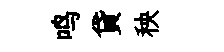
鸣貸秧